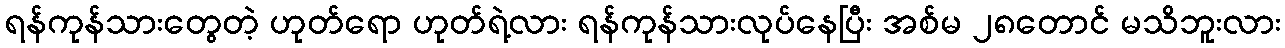
ရန်ကုန်သားတွေတဲ့ ဟုတ်ရော ဟုတ်ရဲ့လား ရန်ကုန်သားလုပ်နေပြီး အစ်မ ၂၈တောင် မသိဘူးလား